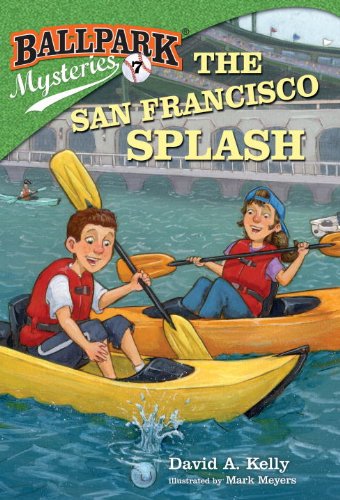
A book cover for Ballpark Mysteries #7: The San Francisco Splash (A Stepping Stone Book(TM)); David A. Kelly; Children's Books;